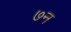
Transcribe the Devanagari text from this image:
७न